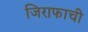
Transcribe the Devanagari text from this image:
जिराफाची